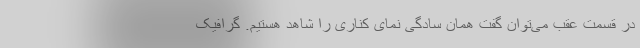
در قسمت عقب می‌توان گفت همان سادگی نمای کناری را شاهد هستیم. گرافیک